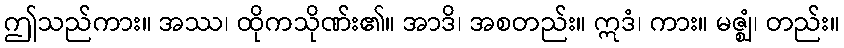
ဤသည်ကား။ အဿ၊ ထိုကသိုဏ်း၏။ အာဒိ၊ အစတည်း။ ဣဒံ၊ ကား။ မဇ္ဈံ၊ တည်း။